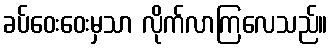
ခပ်ဝေးဝေးမှသာ လိုက်လာကြလေသည်။